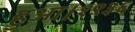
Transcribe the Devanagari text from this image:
हुआ।१९३६